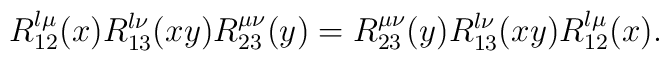
R^{\l\mu}_{12}(x)R^{\l\nu}_{13}(xy)R^{\mu\nu}_{23}(y)  =R^{\mu\nu}_{23}(y)R^{\l\nu}_{13}(xy)R^{\l\mu}_{12}(x).